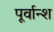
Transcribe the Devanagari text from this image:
पूर्वान्श